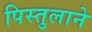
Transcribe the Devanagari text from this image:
पिस्तुलाने